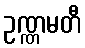
ဥဏ္ဏမတီ